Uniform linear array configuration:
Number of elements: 32
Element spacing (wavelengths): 0.75
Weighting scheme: hamming
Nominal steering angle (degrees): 45
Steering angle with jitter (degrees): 46.772
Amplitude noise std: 0.05
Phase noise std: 0.05

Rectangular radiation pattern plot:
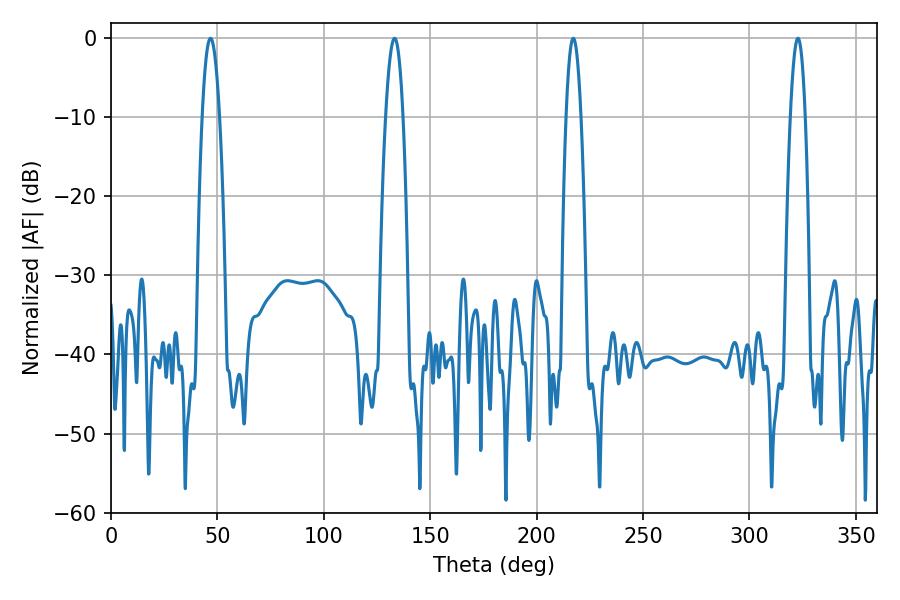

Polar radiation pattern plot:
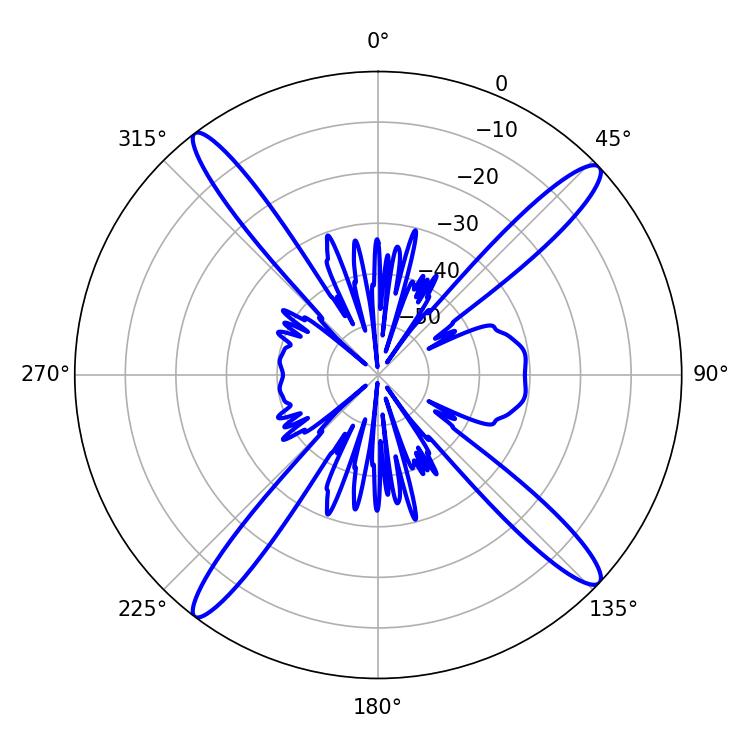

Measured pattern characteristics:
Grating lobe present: TRUE
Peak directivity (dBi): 17.458
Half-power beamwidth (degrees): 4.32
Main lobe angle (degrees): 46.8